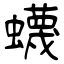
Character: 蠛